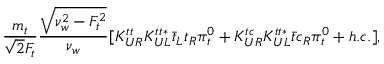
\frac { m _ { t } } { \sqrt { 2 } F _ { t } } \frac { \sqrt { \nu _ { w } ^ { 2 } - F _ { t } ^ { 2 } } } { \nu _ { w } } [ K _ { U R } ^ { t t } K _ { U L } ^ { t t \ast } \bar { t } _ { L } t _ { R } \pi _ { t } ^ { 0 } + K _ { U R } ^ { t c } K _ { U L } ^ { t t \ast } \bar { t } c _ { R } \pi _ { t } ^ { 0 } + h . c . ] ,